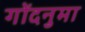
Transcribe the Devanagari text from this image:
गोंदनुमा